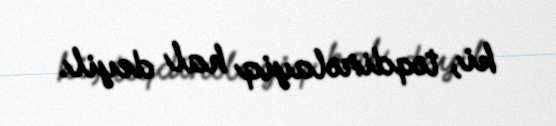
ki, təqdirəlayiq hal deyil.